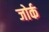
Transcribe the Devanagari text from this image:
जोर्क